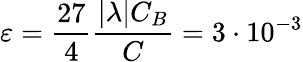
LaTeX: \varepsilon=\frac{27}{4}\frac{|\lambda|C_{B}}{C}=3\cdot 10^{-3}